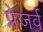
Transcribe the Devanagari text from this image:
प्रेजर्व